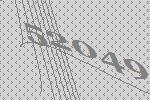
52049